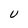
Character: U